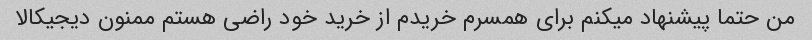
من حتما پیشنهاد میکنم برای همسرم خریدم از خرید خود راضی هستم ممنون دیجیکالا